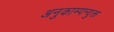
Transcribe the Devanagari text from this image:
अनुकाम्पन्युक्त